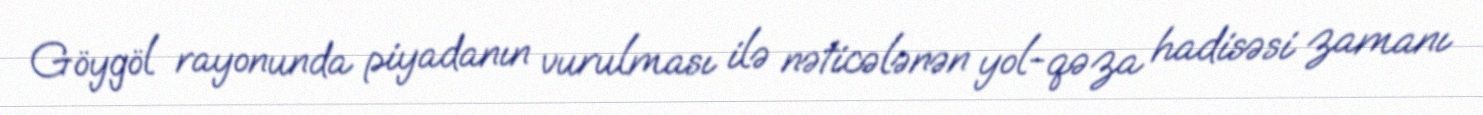
Göygöl rayonunda piyadanın vurulması ilə nəticələnən yol-qəza hadisəsi zamanı